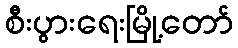
စီးပွားရေးမြို့တော်